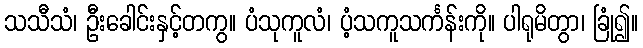
သသီသံ၊ ဦးခေါင်းနှင့်တကွ။ ပံသုကူလံ၊ ပံ့သကူသင်္ကန်းကို။ ပါရုမိတွာ၊ ခြုံ၍။